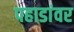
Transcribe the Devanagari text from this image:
पहाडांवर